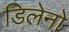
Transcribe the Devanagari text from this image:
डिलेनो